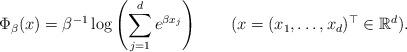
LaTeX: \begin{align*}\Phi_\beta(x)=\beta^{-1}\log\left(\sum_{j=1}^de^{\beta x_j}\right)\qquad(x=(x_1,\dots,x_d)^\top\in\mathbb{R}^d).\end{align*}